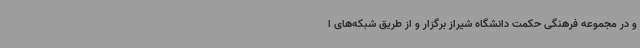
و در مجموعه فرهنگی حکمت دانشگاه شیراز برگزار و از طریق شبکه‌های ا